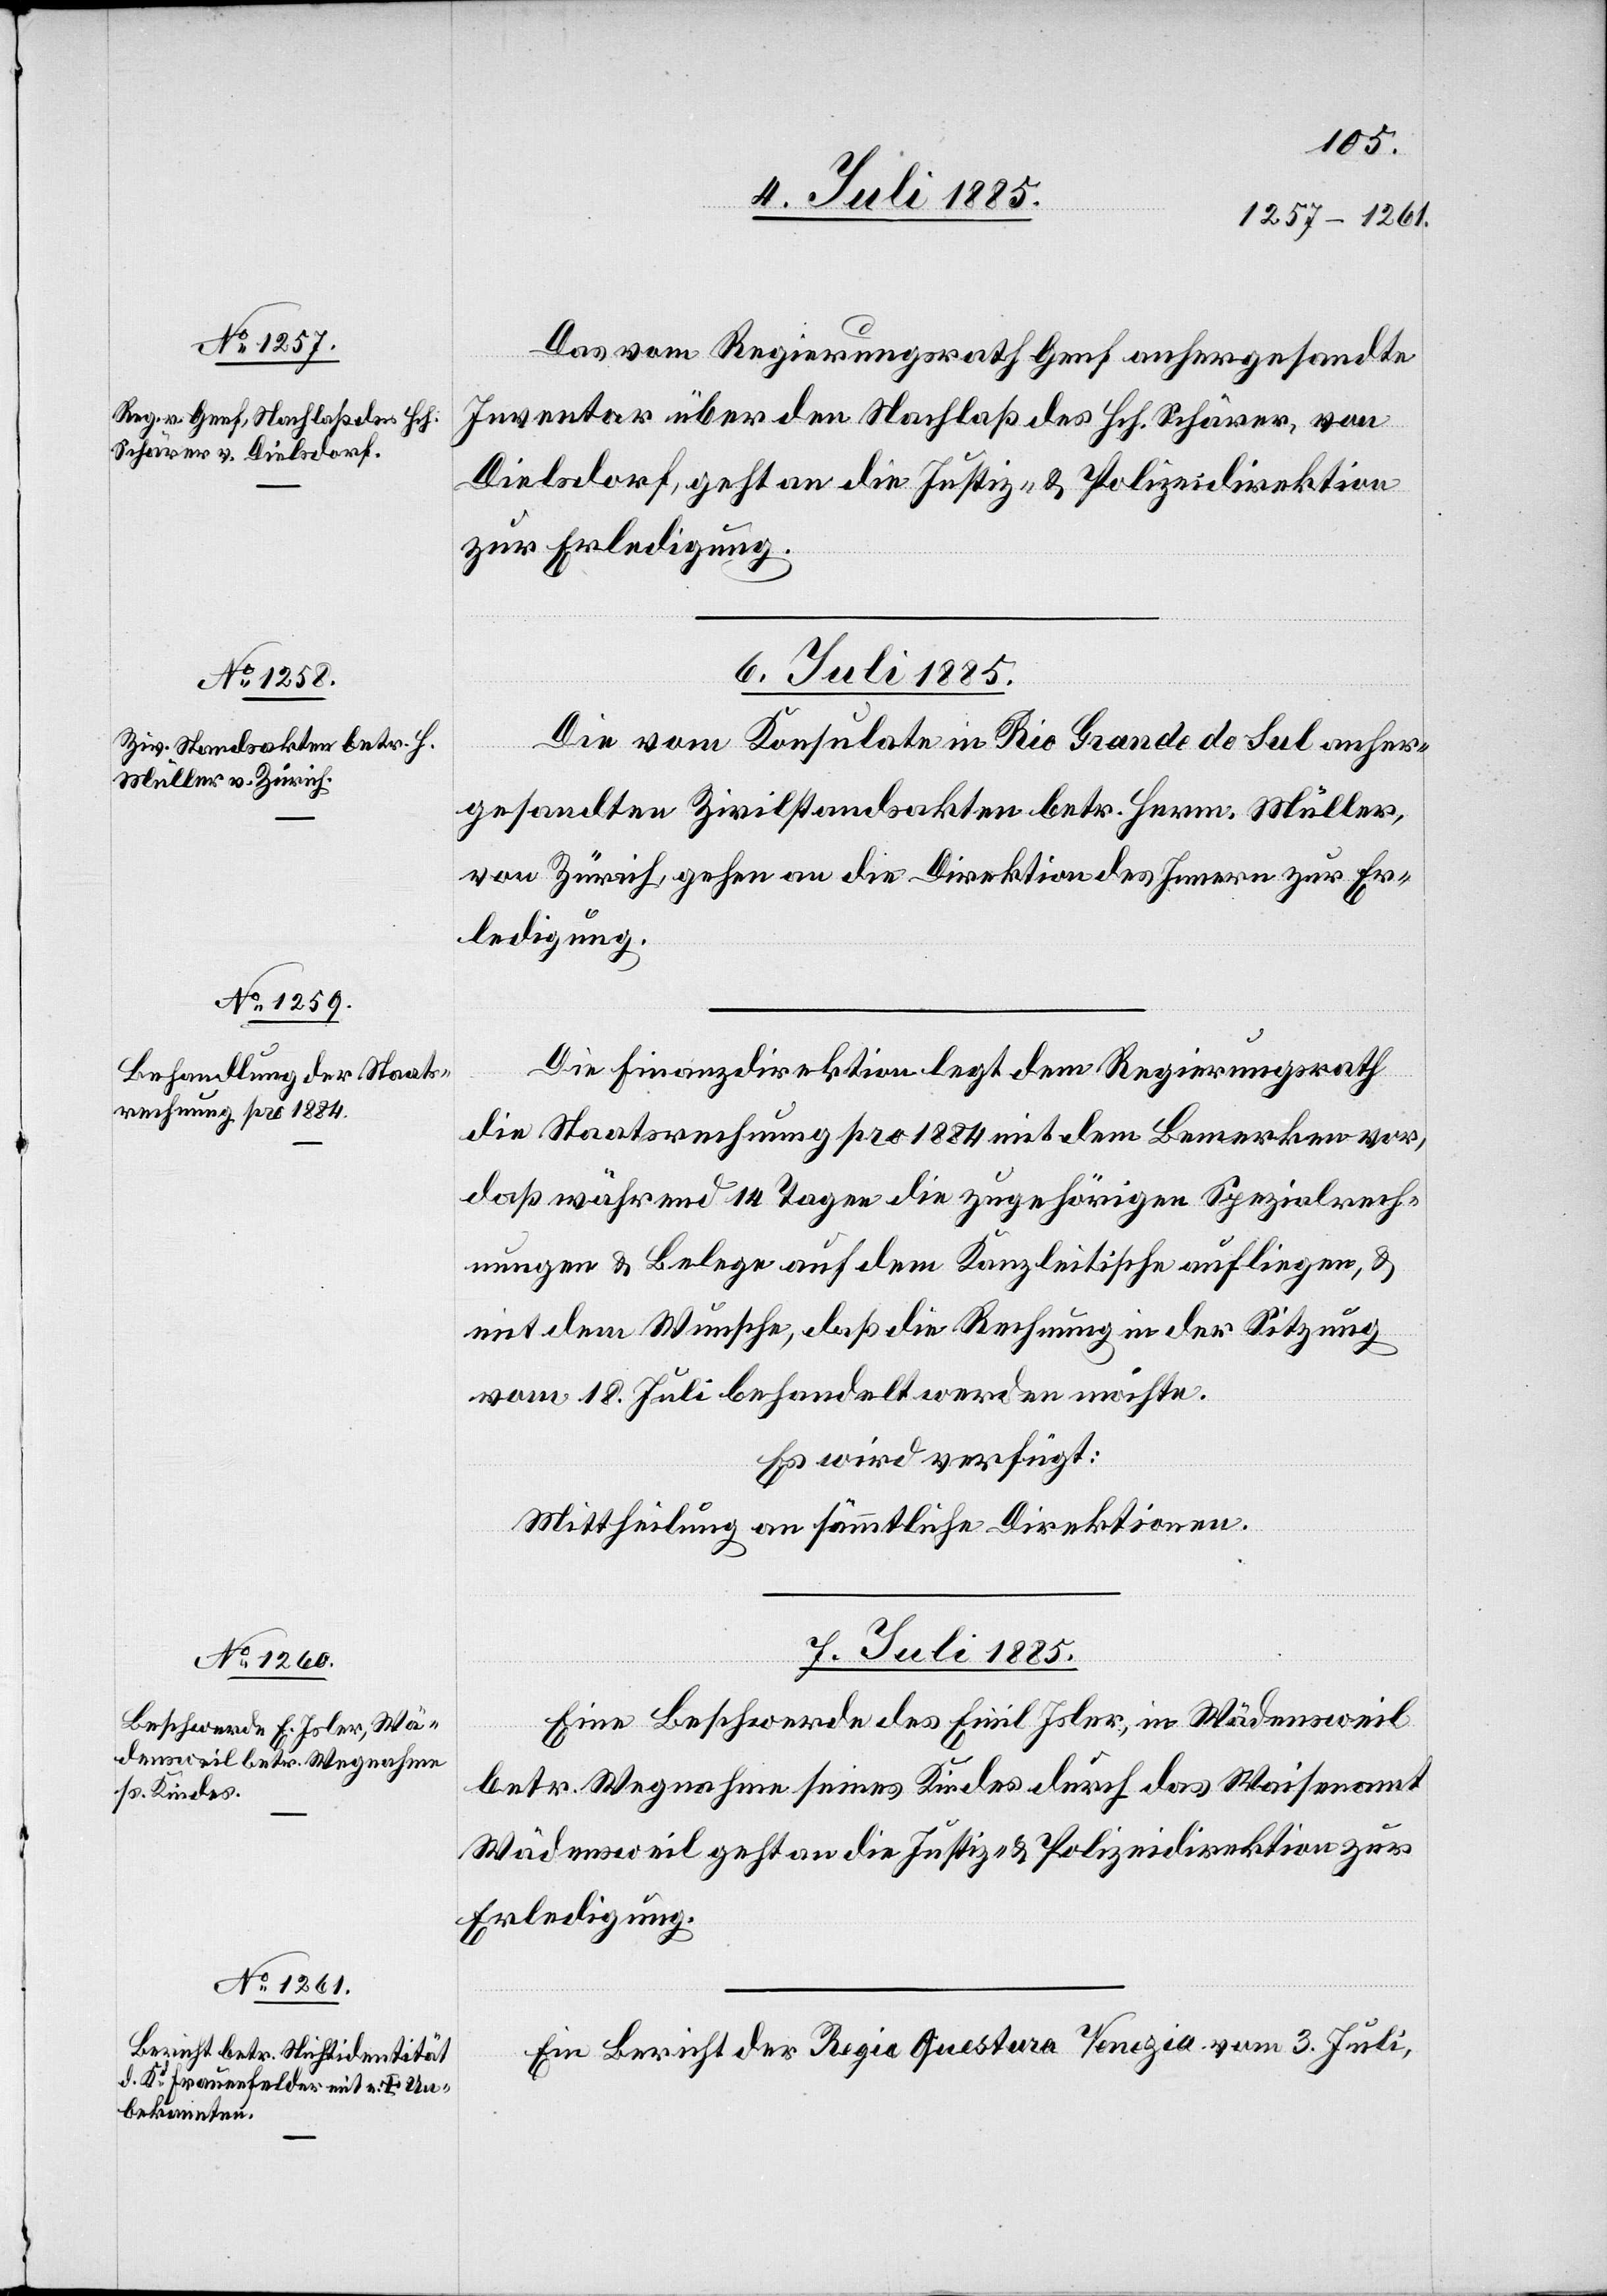
4. Juli 1885.]
Das vom Regierungsrath Genf anhergesandte
Inventar über den Nachlaß des Hch. Schärer, von
Dielsdorf, geht an die Justiz- & Polizeidirektion
zur Erledigung.
6. Juli 1885.
Die vom Konsulate in Rio Grande de Sul anher¬
gesandten Zivilstandsakten betr. Herm. Müller,
von Zürich, gehen an die die Direktion des Innern zur Er¬
ledigung.
Die Finanzdirektion legt dem Regierungsrath
die Staatsrechnung pro 1884 mit dem Bemerken vor,
daß während 14 Tagen die zugehörigen Spezialrech¬
nungen & Belege auf dem Kanzleitische aufliegen, &
mit dem Wunsche, daß die Rechnung in der Sitzung
vom 18. Juli behandelt werden möchte.
Es wird verfügt:
Mittheilung an sämmtliche Direktionen.
7. Juli 1885.]
Eine Beschwerde des Emil Isler, in Wädensweil
betr. Wegnahme seines Kindes durch das Waisenamt
Wädensweil geht an die Justiz- & Polizeidirektion zur
Erledigung.
Ein Bericht der Regio Questura Venezia vom 3. Juli,